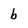
Character: b